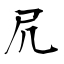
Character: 凥